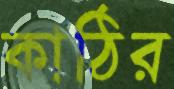
কাঠির